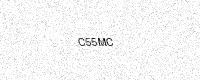
Text: C55MC